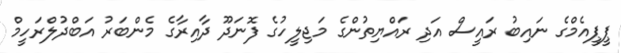
ޕީޕީއެމްގެ ނައިބު ރައީސް އަދި ރައްޔިތުންގެ މަޖިލީހުގެ ފޮނަދޫ ދާއިރާގެ މެންބަރު އަބްދުލްރަހީމް